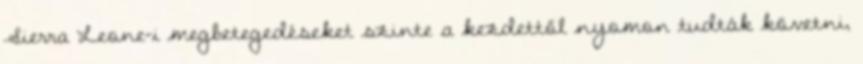
Sierra Leone-i megbetegedéseket szinte a kezdettől nyomon tudták követni,